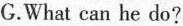
G.What can he do?